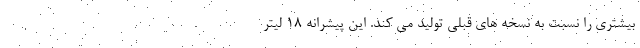
بیشتری را نسبت به نسخه های قبلی تولید می کند. این پیشرانه ۱۸ لیتر